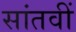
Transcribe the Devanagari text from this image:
सांतवीं